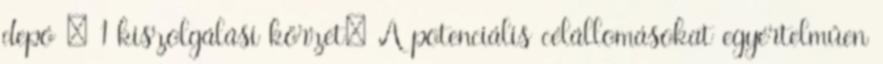
depó – 1 kiszolgálási körzet: A potenciális célállomásokat egyértelműen